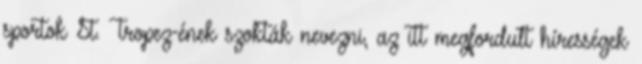
sportok St. Tropez-ének szokták nevezni, az itt megfordult hírességek